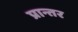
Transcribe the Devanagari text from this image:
प्रान्तर